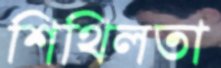
শিথিলতা